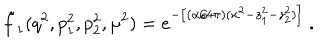
\tilde { f } _ { 1 } ( q ^ { 2 } , p _ { 1 } ^ { 2 } , p _ { 2 } ^ { 2 } , \mu ^ { 2 } ) = e ^ { - \big [ ( \alpha / 4 \pi ) ( x ^ { 2 } - z _ { 1 } ^ { 2 } - z _ { 2 } ^ { 2 } ) \big ] } ~ .